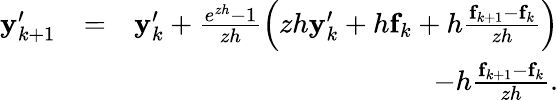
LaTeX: \begin{array}{rlr}{{\mathbf y}_{k+1}^{\prime}}&{=}&{{\mathbf y}_{k}^{\prime}+\frac{e^{zh}-1}{zh}\left(zh{\mathbf y}_{k}^{\prime}+h{\mathbf f}_{k}+h\frac{{\mathbf f}_{k+1}-{\mathbf f}_{k}}{zh}\right)}\\ &{}&{-h\frac{{\mathbf f}_{k+1}-{\mathbf f}_{k}}{zh}.}\end{array}